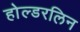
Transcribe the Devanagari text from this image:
होल्डरलिन